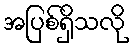
အပြစ်ရှိသလို